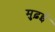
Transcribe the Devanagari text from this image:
मुढ़ई